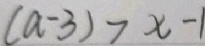
( a - 3 ) > x - 1